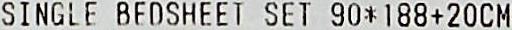
SINGLE BEDSHEET SET 90*188+20CM